Report of the King Institute of Preventive Medicine, Guindy
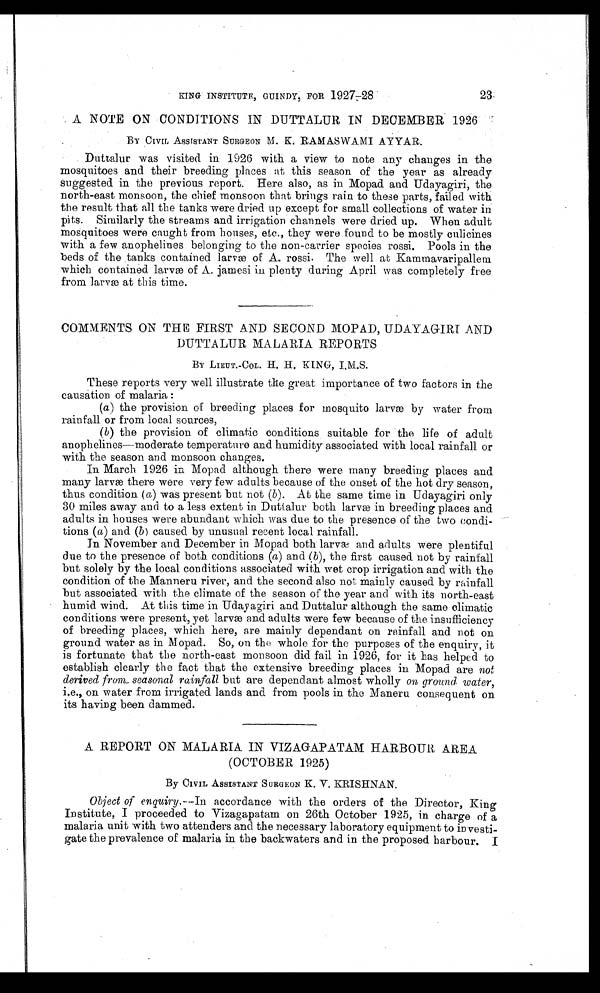
KING INSTITUTE, GUINDY, FOR 1927-28
23
A NOTE ON CONDITIONS IN DUTTALUR IN DECEMBER 1926
BY CIVIL ASSISTANT SURGEON M. K . RAMASWAMI AYYAR.
Duttalur was visited in 1926 with a view to note any changes in the
mosquitoes and their breeding places at this season of the year as already
suggested in the previous report Here also, as in Mopad and Udayagiri, the
north-east monsoon, the chief monsoon that brings rain to these parts, failed with
the result that all the tanks were dried up except for small collections of water in
pits. Similarly the streams and irrigation channels were dried up. When adult
mosquitoes were caught from houses, etc., they were found to be mostly culicines
with a few anophelines belonging to the non-carrier species rossi. Pools in the
beds of the tanks contained larvæ of A.rossi. The well at Kammavaripallem
which contained larvæ of A. jamesi in plenty during April was completely free
from larvæ at this time.
COMMENTS ON THE FIRST AND SECOND MOPAD, UDAYAGIRI AND
DUTTALUR MALARIA REPORTS
BY LIEUT.-COL. H. H. KING, I.M.S.
These reports very well illustrate the great importance of two factors in the
causation of malaria :
(a) the provision of breeding places for mosquito larvæ by water from
rainfall or from local sources,
(b) the provision of climatic conditions suitable for the life of adult
anophelines—moderate temperature and humidity associated with local rainfall or
with the season and monsoon changes.
In March 1926 in Mopad although there were many breeding places and
many larvæ there were very few adults because of the onset of the hot dry season,
thus condition ( a) was present but not (b). At the same time in Udayagiri only
30 miles away and to a less extent in Duttalur both larvæ in breeding places and
adults in houses were abundant which was due to the presence of the two condi-
tions ( a) and (b ) caused by unusual recent local rainfall.
In November and December in Mopad both larvæ and adults were plentiful
due to the presence of both conditions ( a) and ( b), the first caused not by rainfall
but solely by the local conditions associated with wet crop irrigation and with the
condition of the Manneru river, and the second also not mainly caused by rainfall
but associated with the climate of the season of the year and with its north-east
humid wind. At this time in Udayagiri and Duttalur although the same climatic
conditions were present, yet larvæ and adults were few because of the insufficiency
of breeding places, which here, are mainly dependant on rainfall and not on
ground water as in Mopad. So, on the whole for the purposes of the enquiry, it
is fortunate that the north-east monsoon did fail in 1926, for it has helped to
establish clearly the fact that the extensive breeding places in Mopad are not
derived from seasonal rainfall but are dependant almost wholly on ground water,
i.e ., on water from irrigated lands and from pools in the Maneru consequent on
its having been dammed.
A REPORT ON MALARIA IN VIZAGAPATAM HARBOUR AREA
(OCTOBER 1925)
By CIVIL ASSISTANT SURGEON K. V. KRISHNAN.
Object of enquiry.—In accordance with the orders of the Director, King
Institute, I proceeded to Vizagapatam on 26th October 1925, in charge of a
malaria unit with two attenders and the necessary laboratory equipment to in vesti-
gate the prevalence of malaria in the backwaters and in the proposed harbour.I